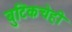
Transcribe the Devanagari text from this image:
बुटिकचेही